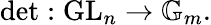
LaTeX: \operatorname*{det}:\operatorname{GL}_{n}\rightarrow\mathbb{G}_{m}.